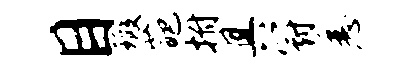
目瑕葩拊具冠悉